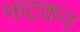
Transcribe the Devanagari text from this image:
फटकन